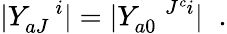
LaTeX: |Y_{aJ}^{\; \; \; i}|=|Y_{a0}^{\; \; \; J^{c}i}|\; \; .